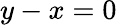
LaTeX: y-x=0